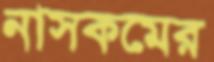
নাসকমের